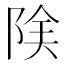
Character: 𨹩